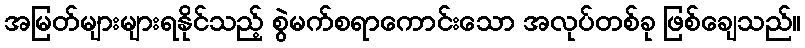
အမြတ်များများရနိုင်သည့် စွဲမက်စရာကောင်းသော အလုပ်တစ်ခု ဖြစ်ချေသည်။